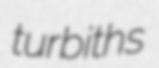
turbiths